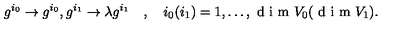
g ^ { i _ { 0 } } \rightarrow g ^ { i _ { 0 } } , g ^ { i _ { 1 } } \rightarrow \lambda g ^ { i _ { 1 } } \quad , \quad i _ { 0 } ( i _ { 1 } ) = 1 , \ldots , \textrm { d i m } V _ { 0 } ( \textrm { d i m } V _ { 1 } ) .